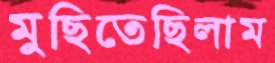
মুছিতেছিলাম